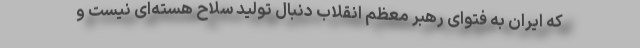
که ایران به فتوای رهبر معظم انقلاب دنبال تولید سلاح هسته‌ای نیست و